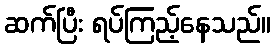
ဆက်ပြီး ရပ်ကြည့်နေသည်။